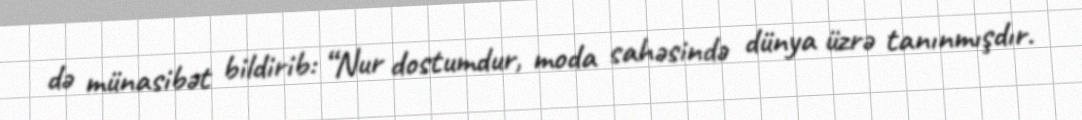
də münasibət bildirib: “Nur dostumdur, moda sahəsində dünya üzrə tanınmışdır.